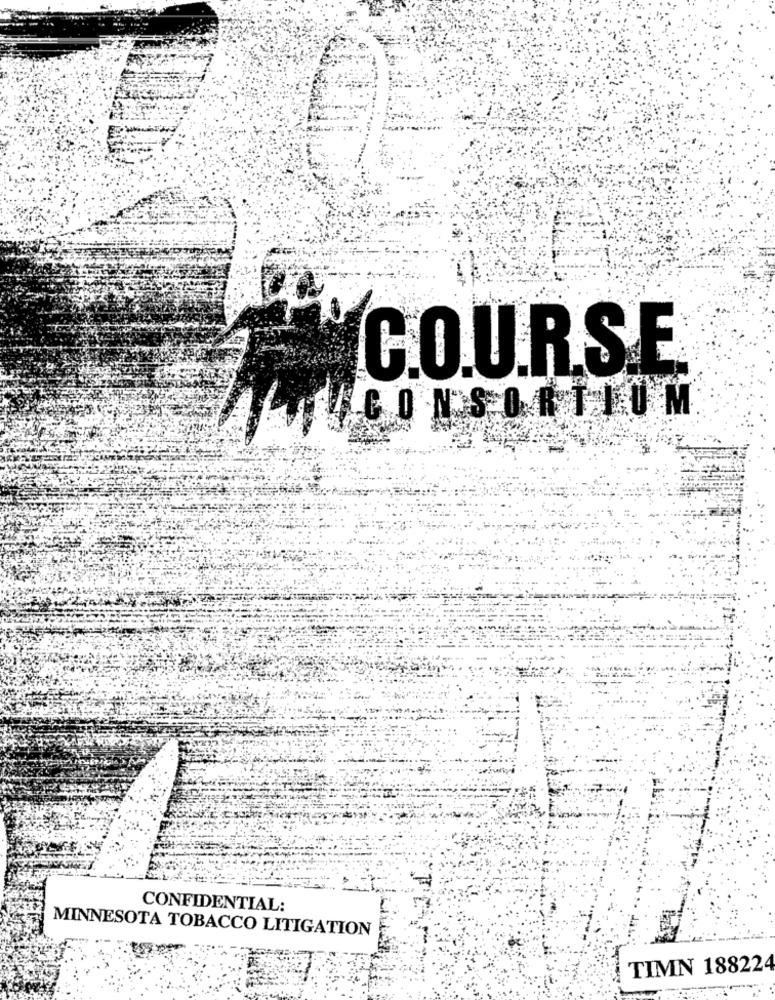
C.O.U.R.S.E
ALUNICONSORTIUM
CONFIDENTIAL:
MINNESOTA TOBACCO LITIGATION
TIMN 188224